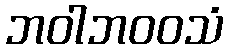
ဘဝါဘဝဝသံ